Martna_vallavalitsus, lk 35
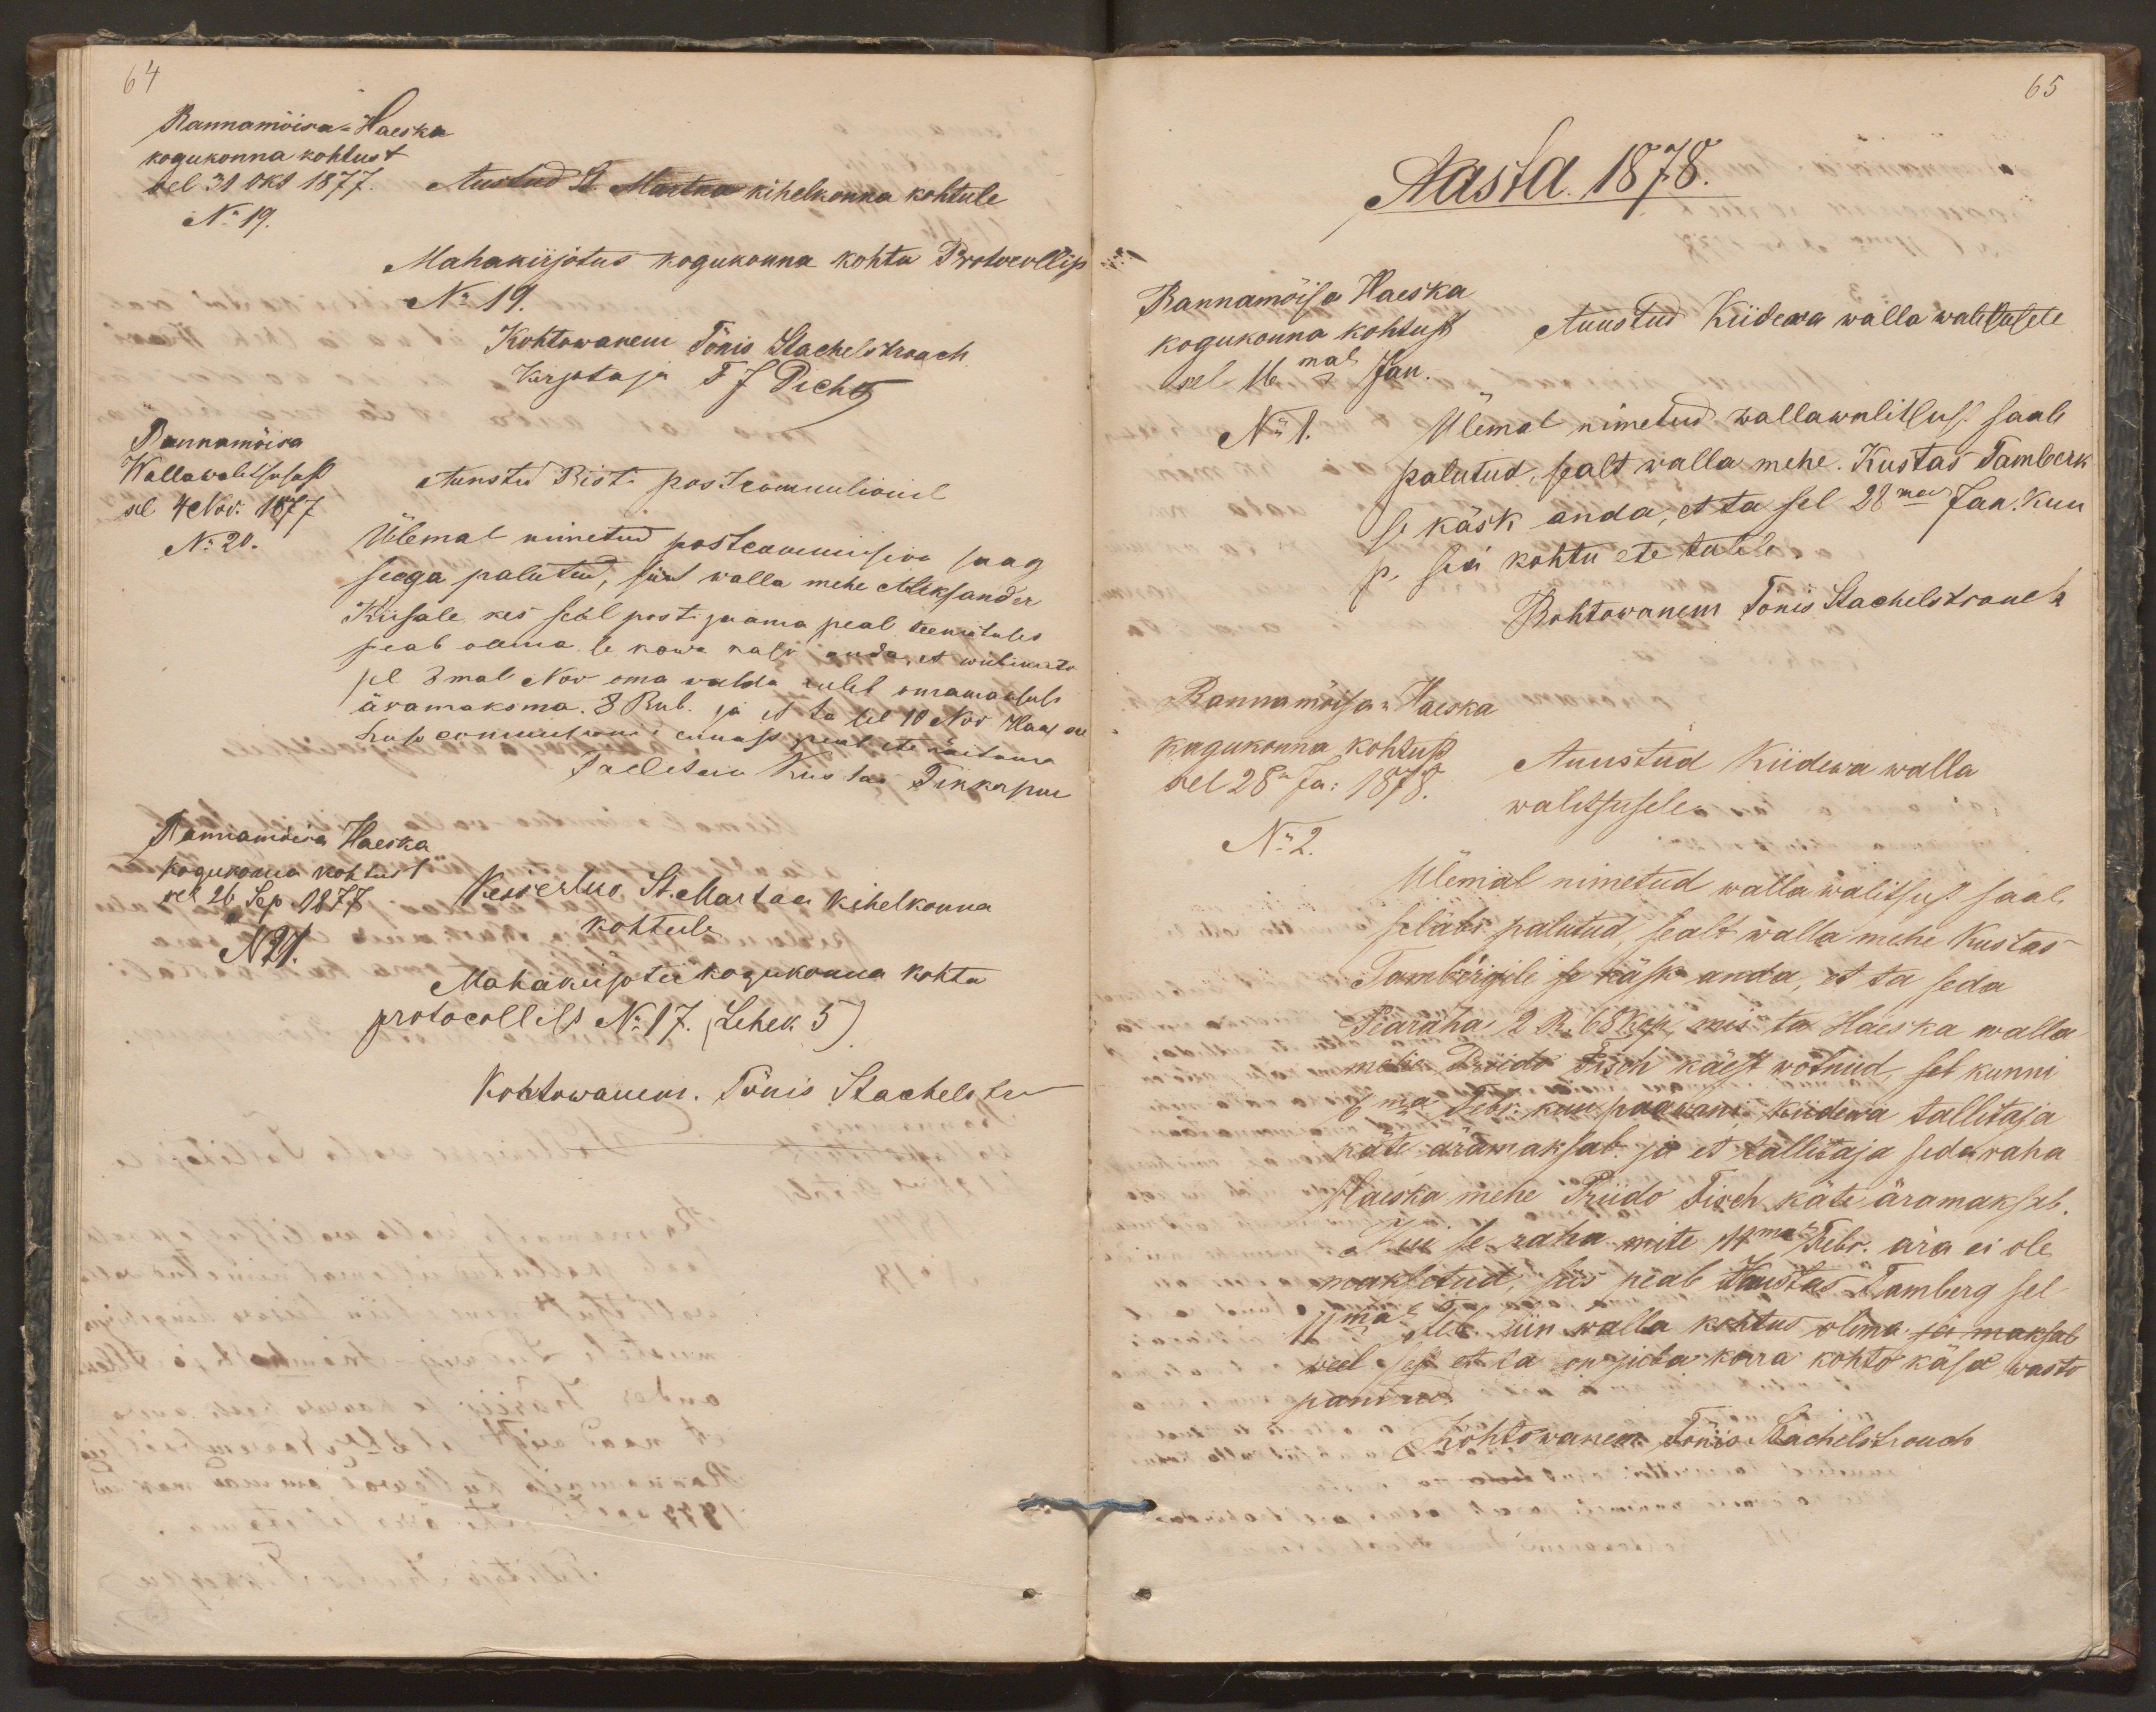
64
Rannamõisa-Haeska
kogukonna kohtust
sel 31 okt 1877.
Austud St. Martna kihelkonna kohtule
No 19.
Mahakirjotus kogukonna kohtu Protocollist
No 19.
Kohtowanem Tõnis Stachelstrauch
Kirjotaja F J Picht
Rannamõisa
Wallawalitsusest
Auustud Risti postcommilionil
sel 4 Nov. 1877
No 20.
Ülemal nimetud postcommision saag
seega palutud, siit walla mehe Aleksander
Kiisale, kes seal posti jaama peal teenistuses
peab olema se kowa kask anda, et wiibimata
sel 8mal Nov oma walda tuleb omamaksusi
äramaksma. 8 Rub. ja et ta sel 10 Nov Haapsal
salu соmmisioni слиазt peab ete näitama
Tallitaia Kustas Tikkerpuu
Rannamõisa Haeska
kogukonna kohtust
sel 26 Sep. 1877
Keiserliko St. Martna kihelkonna
No 21.
kohtule
Mahakirjotu kogukonna kohtu
protocollist No 17. (Lehek 5)
Kohtowanem. Tõnis Stachelstra

65
Aasta 1878.
Rannamõisa Haeska
kogukonna kohtust
Auustud Kiidewa walla walitsusele
sel 16mal Jan.
No 1.
Ülemal nimetud wallawalitsust saab
palutud, sealt walla mehe. Kustas Tamberk
se käsk anda, et ta sel 28ma Jan. kuu
p. sia kohtu ete tuleb.
Kohtowanem Tõnis Stachelstrauch
Rannamõisa-Haeska
kogukonna kohtust
Auustud Kiidewa walla
sel 28n Ja: 1878.
No 2.
walitsusele
Ülemal nimetud walla walitsust saab
seläbi palutud, sealt walla mehe Kustas
Tambergile se käsk anda, et ta seda
Pearaha 2 R. 68 kop, mis ta Haeska walla
mehe Priido Fisch käest wõtnud, sel kunni
6ma Febr. kuu pääwani Kiidewa tallitaja
käte äramaksab ja et tallitaja seda raha
Haeska mehe Priido Fisch käte äramaksab.
Kui se raha mite 11mal Febr. ära ei ole
maksetud, siis peab Kustas Tamberg sel
11mal Feb. siin walla kohtus olema ja maksab
weel sest et et ta on juba korra kohto käsu wasto
pannud.
Kohtowanem. Tõnis Stachelstrouch